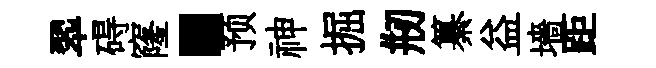
翆碍窿·预神掘剏纂益墻距